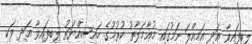
ލިބިފައިވާ އަދި އަމިއްލަ ނަމުގައި މުޢާމަލާތު ކުރުމުގެ ހައިސިއްޔަތު ލިބިފައިވާ އަދި ވަކި